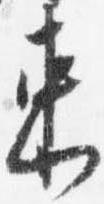
束